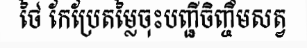
ថៃ កែប្រែតម្លៃចុះបញ្ជីចិញ្ចឹមសត្វ